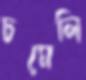
চমেলি